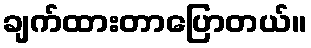
ချက်ထားတာပြောတယ်။